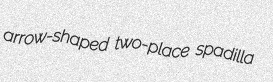
arrow-shaped two-place spadilla